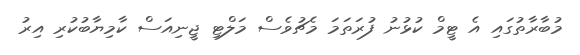
މުބާރާތުގައި އެ ޓީމް ކުޅުނު ފުރަތަމަ މެޗުވެސް މަލްޓި ޖީނިއަސް ކާމިޔާބުކުރި އިރު